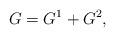
LaTeX: \begin{align*} G=G^1+G^2,\end{align*}